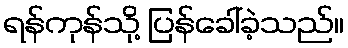
ရန်ကုန်သို့ ပြန်ခေါ်ခဲ့သည်။